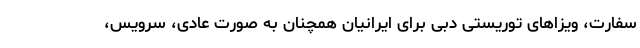
سفارت، ویزاهای توریستی دبی برای ایرانیان همچنان به صورت عادی، سرویس،